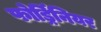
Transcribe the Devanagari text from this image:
फोर्ड्रिनियर